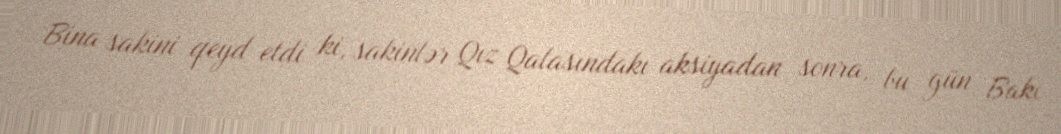
Bina sakini qeyd etdi ki, sakinlər Qız Qalasındakı aksiyadan sonra, bu gün Bakı